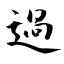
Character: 過